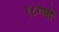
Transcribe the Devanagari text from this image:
१८गणों